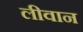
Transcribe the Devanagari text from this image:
लीवान